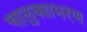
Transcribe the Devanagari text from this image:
चालुक्याभरण